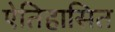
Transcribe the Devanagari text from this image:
ऐतिहासित